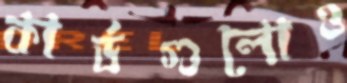
কার্ডগুলোও